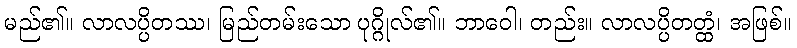
မည်၏။ လာလပ္ပိတဿ၊ မြည်တမ်းသော ပုဂ္ဂိုလ်၏။ ဘာဝေါ၊ တည်း။ လာလပ္ပိတတ္ထံ၊ အဖြစ်။